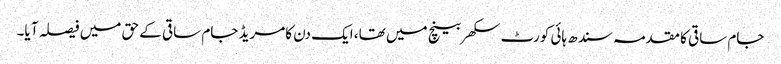
جام ساقی کا مقدمہ سندھ ہائی کورٹ سکھر بینچ میں تھا، ایک دن کامریڈ جام ساقی کے حق میں فیصلہ آ یا۔